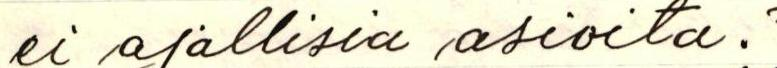
ei ajallisia asioita?